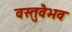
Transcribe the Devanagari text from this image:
वस्तुवैभव